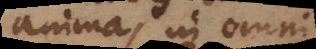
anima, in omni